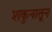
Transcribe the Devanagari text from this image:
शकुनातून